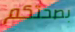
بصحتكم